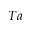
T a